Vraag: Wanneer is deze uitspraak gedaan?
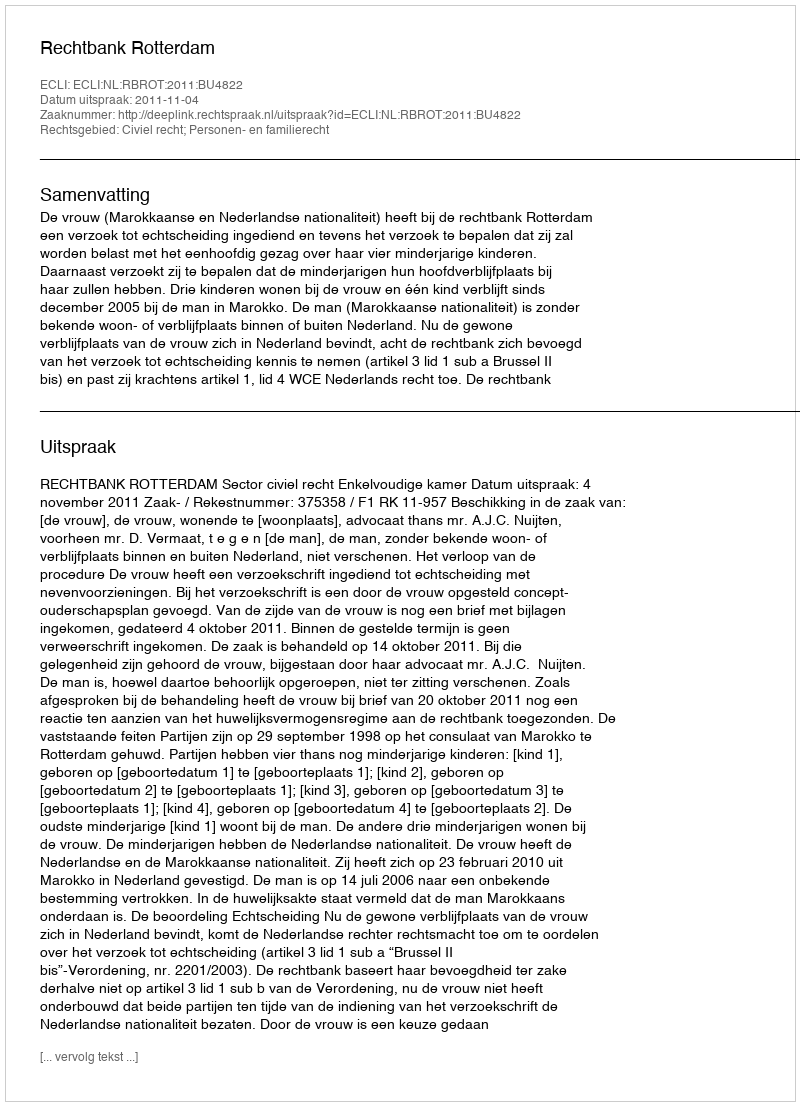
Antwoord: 2011-11-04